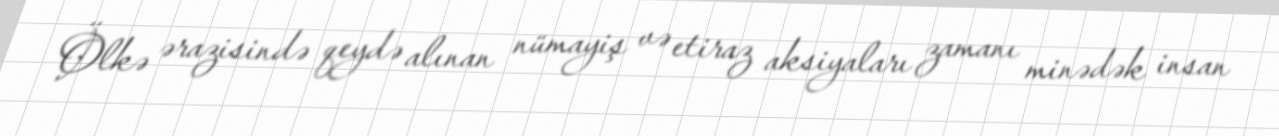
Ölkə ərazisində qeydə alınan nümayiş və etiraz aksiyaları zamanı minədək insan